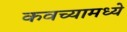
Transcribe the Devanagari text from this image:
कवच्यामध्ये